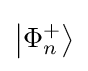
\left\vert \Phi _{n}^{+}\right\rangle